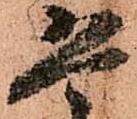
恐